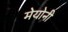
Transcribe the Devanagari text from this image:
मेयोनी